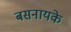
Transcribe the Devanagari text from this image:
बसनायके